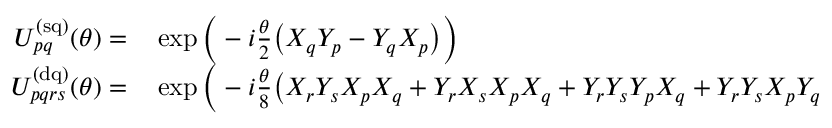
\begin{array} { r l } { U _ { p q } ^ { \mathrm { ( s q ) } } ( \theta ) = } & { { } \exp \Big ( - i \frac { \theta } { 2 } \big ( X _ { q } Y _ { p } - Y _ { q } X _ { p } \big ) \Big ) } \\ { U _ { p q r s } ^ { \mathrm { ( d q ) } } ( \theta ) = } & { { } \exp \Big ( - i \frac { \theta } { 8 } \big ( X _ { r } Y _ { s } X _ { p } X _ { q } + Y _ { r } X _ { s } X _ { p } X _ { q } + Y _ { r } Y _ { s } Y _ { p } X _ { q } + Y _ { r } Y _ { s } X _ { p } Y _ { q } } \end{array}